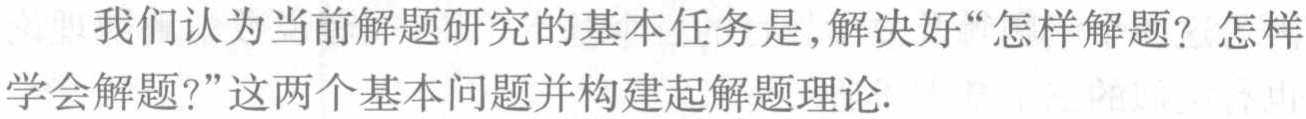
我们认为当前解题研究的基本任务是,解决好“怎样解题？怎样学会解题?”这两个基本问题并构建起解题理论.